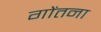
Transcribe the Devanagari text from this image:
गोंतना